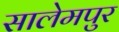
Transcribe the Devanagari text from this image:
सालेमपुर